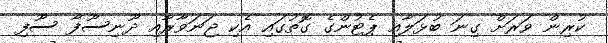
ކުރިން ވަރަށް ގިނަ ބުޅަލާއި ޕެޓުންގެ ގޮތުގައި އެކި ޖަނަވާރާއި ދޫނިސޫފާ ސޫފި